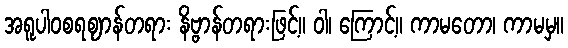
အရူပါဝစရဈာန်တရား နိဗ္ဗာန်တရားဖြင့်။ ဝါ၊ ကြောင့်။ ကာမတော၊ ကာမမှ။